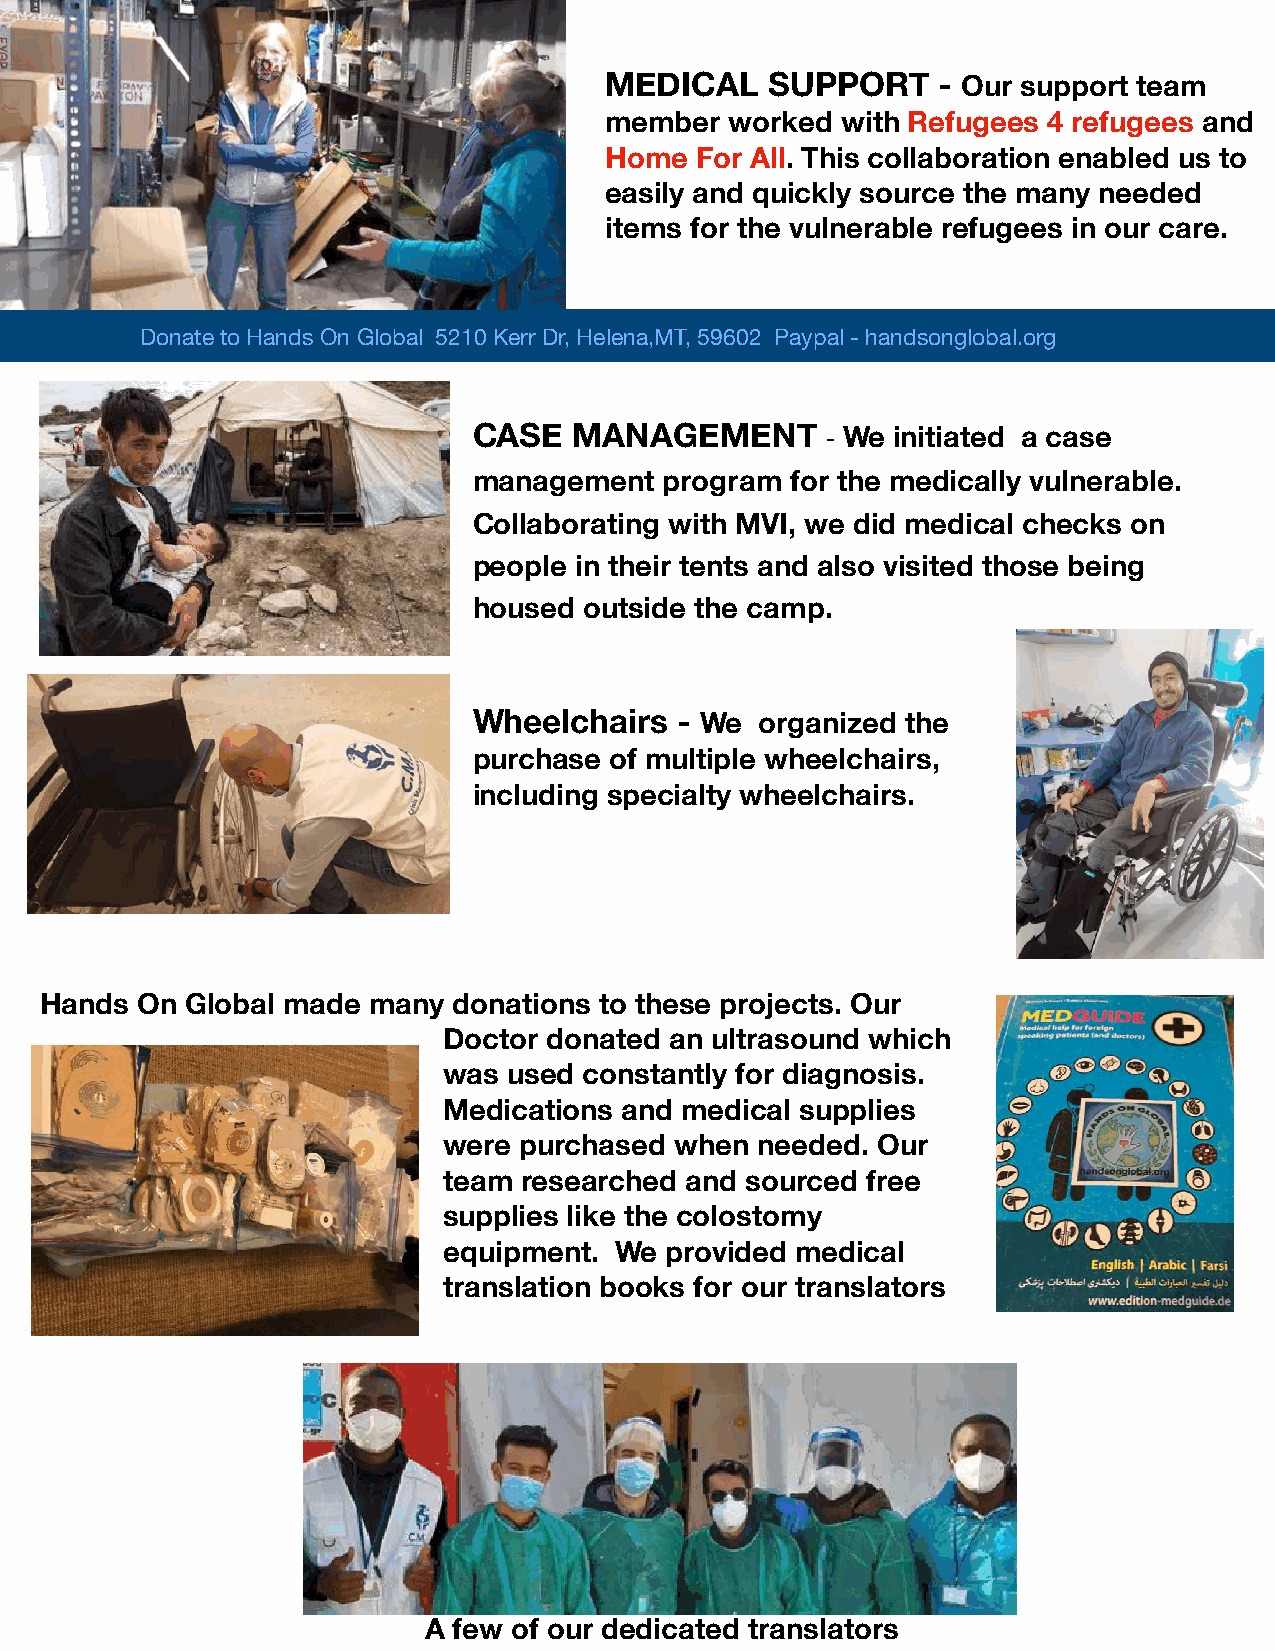
MEDICAL    SUPPORT    - Our support team
 member  worked  with Refugees 4 refugees and
 Home  For All. This collaboration enabled us to
 easily and quickly source the many needed
 items for the vulnerable refugees in our care.
 Donate to Hands On Global 5210 Kerr Dr, Helena,MT, 59602 Paypal - handsonglobal.org
 CASE   MANAGEMENT       - We initiated a case
 management   program for the medically vulnerable.
 Collaborating with MVI, we did medical checks on
 people in their tents and also visited those being
 housed  outside the camp.
 Wheelchairs   - We organized the
 purchase of multiple wheelchairs,
 including specialty wheelchairs.
 Hands On Global made many  donations to these projects. Our
 Doctor donated an ultrasound which
 was  used constantly for diagnosis.
 Medications and medical supplies
 were purchased  when needed. Our
 team  researched and sourced free
 supplies like the colostomy
 equipment.  We provided medical
 translation books for our translators
 A few of our dedicated translators